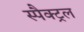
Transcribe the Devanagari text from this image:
स्पैक्ट्रल